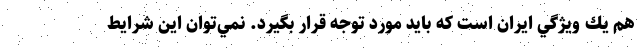
هم يك ويژگي ايران است كه بايد مورد توجه قرار بگيرد. نمي‌توان اين شرايط